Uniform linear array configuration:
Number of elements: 64
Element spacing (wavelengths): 0.75
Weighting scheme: binomial
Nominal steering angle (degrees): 30
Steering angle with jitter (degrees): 29.272
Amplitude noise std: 0.05
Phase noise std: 0.05

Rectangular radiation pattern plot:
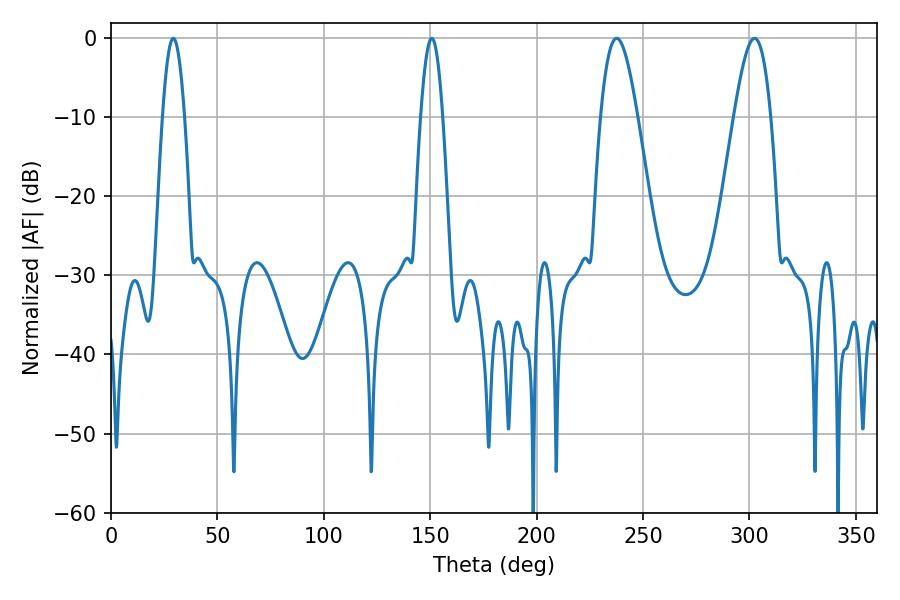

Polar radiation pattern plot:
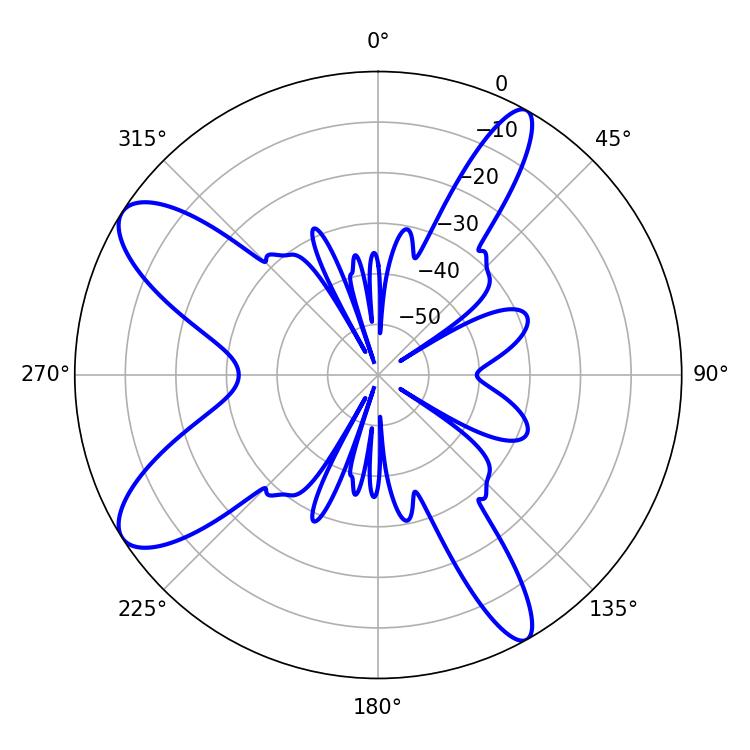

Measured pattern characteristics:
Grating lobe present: TRUE
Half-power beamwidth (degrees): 9.36
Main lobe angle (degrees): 237.6